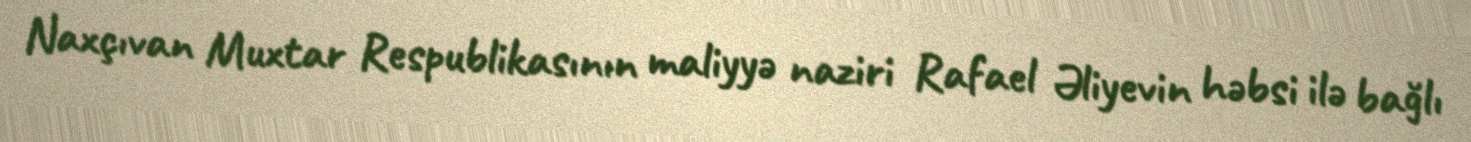
Naxçıvan Muxtar Respublikasının maliyyə naziri Rafael Əliyevin həbsi ilə bağlı